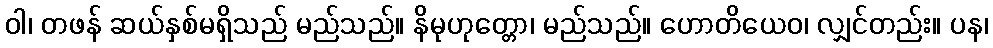
ဝါ၊ တဖန် ဆယ်နှစ်မရှိသည် မည်သည်။ နိမုဟုတ္တော၊ မည်သည်။ ဟောတိယေဝ၊ လျှင်တည်း။ ပန၊